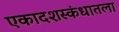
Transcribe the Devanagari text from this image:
एकादशस्‍कंधातला